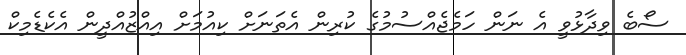
ސޯބެ ވިދާޅުވީ އެ ނަން ހަމެޖެއްސުމުގެ ކުރިން އެތަނަށް ކިއުމަށް އިއްޒުއްދީން އެކެޑެމިކް